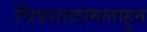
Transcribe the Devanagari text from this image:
चित्रशाळामाताहुन